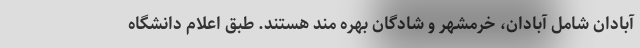
آبادان شامل آبادان، خرمشهر و شادگان بهره مند هستند. طبق اعلام دانشگاه